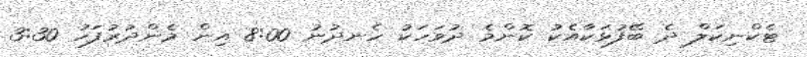
ޓެކްނިކަލް ދެ ބޭފުޅަކާއެކު ކޮންމެ ދުވަހަކު ހެނދުނު 8:00 އިން މެންދުރުފަހު 3:30